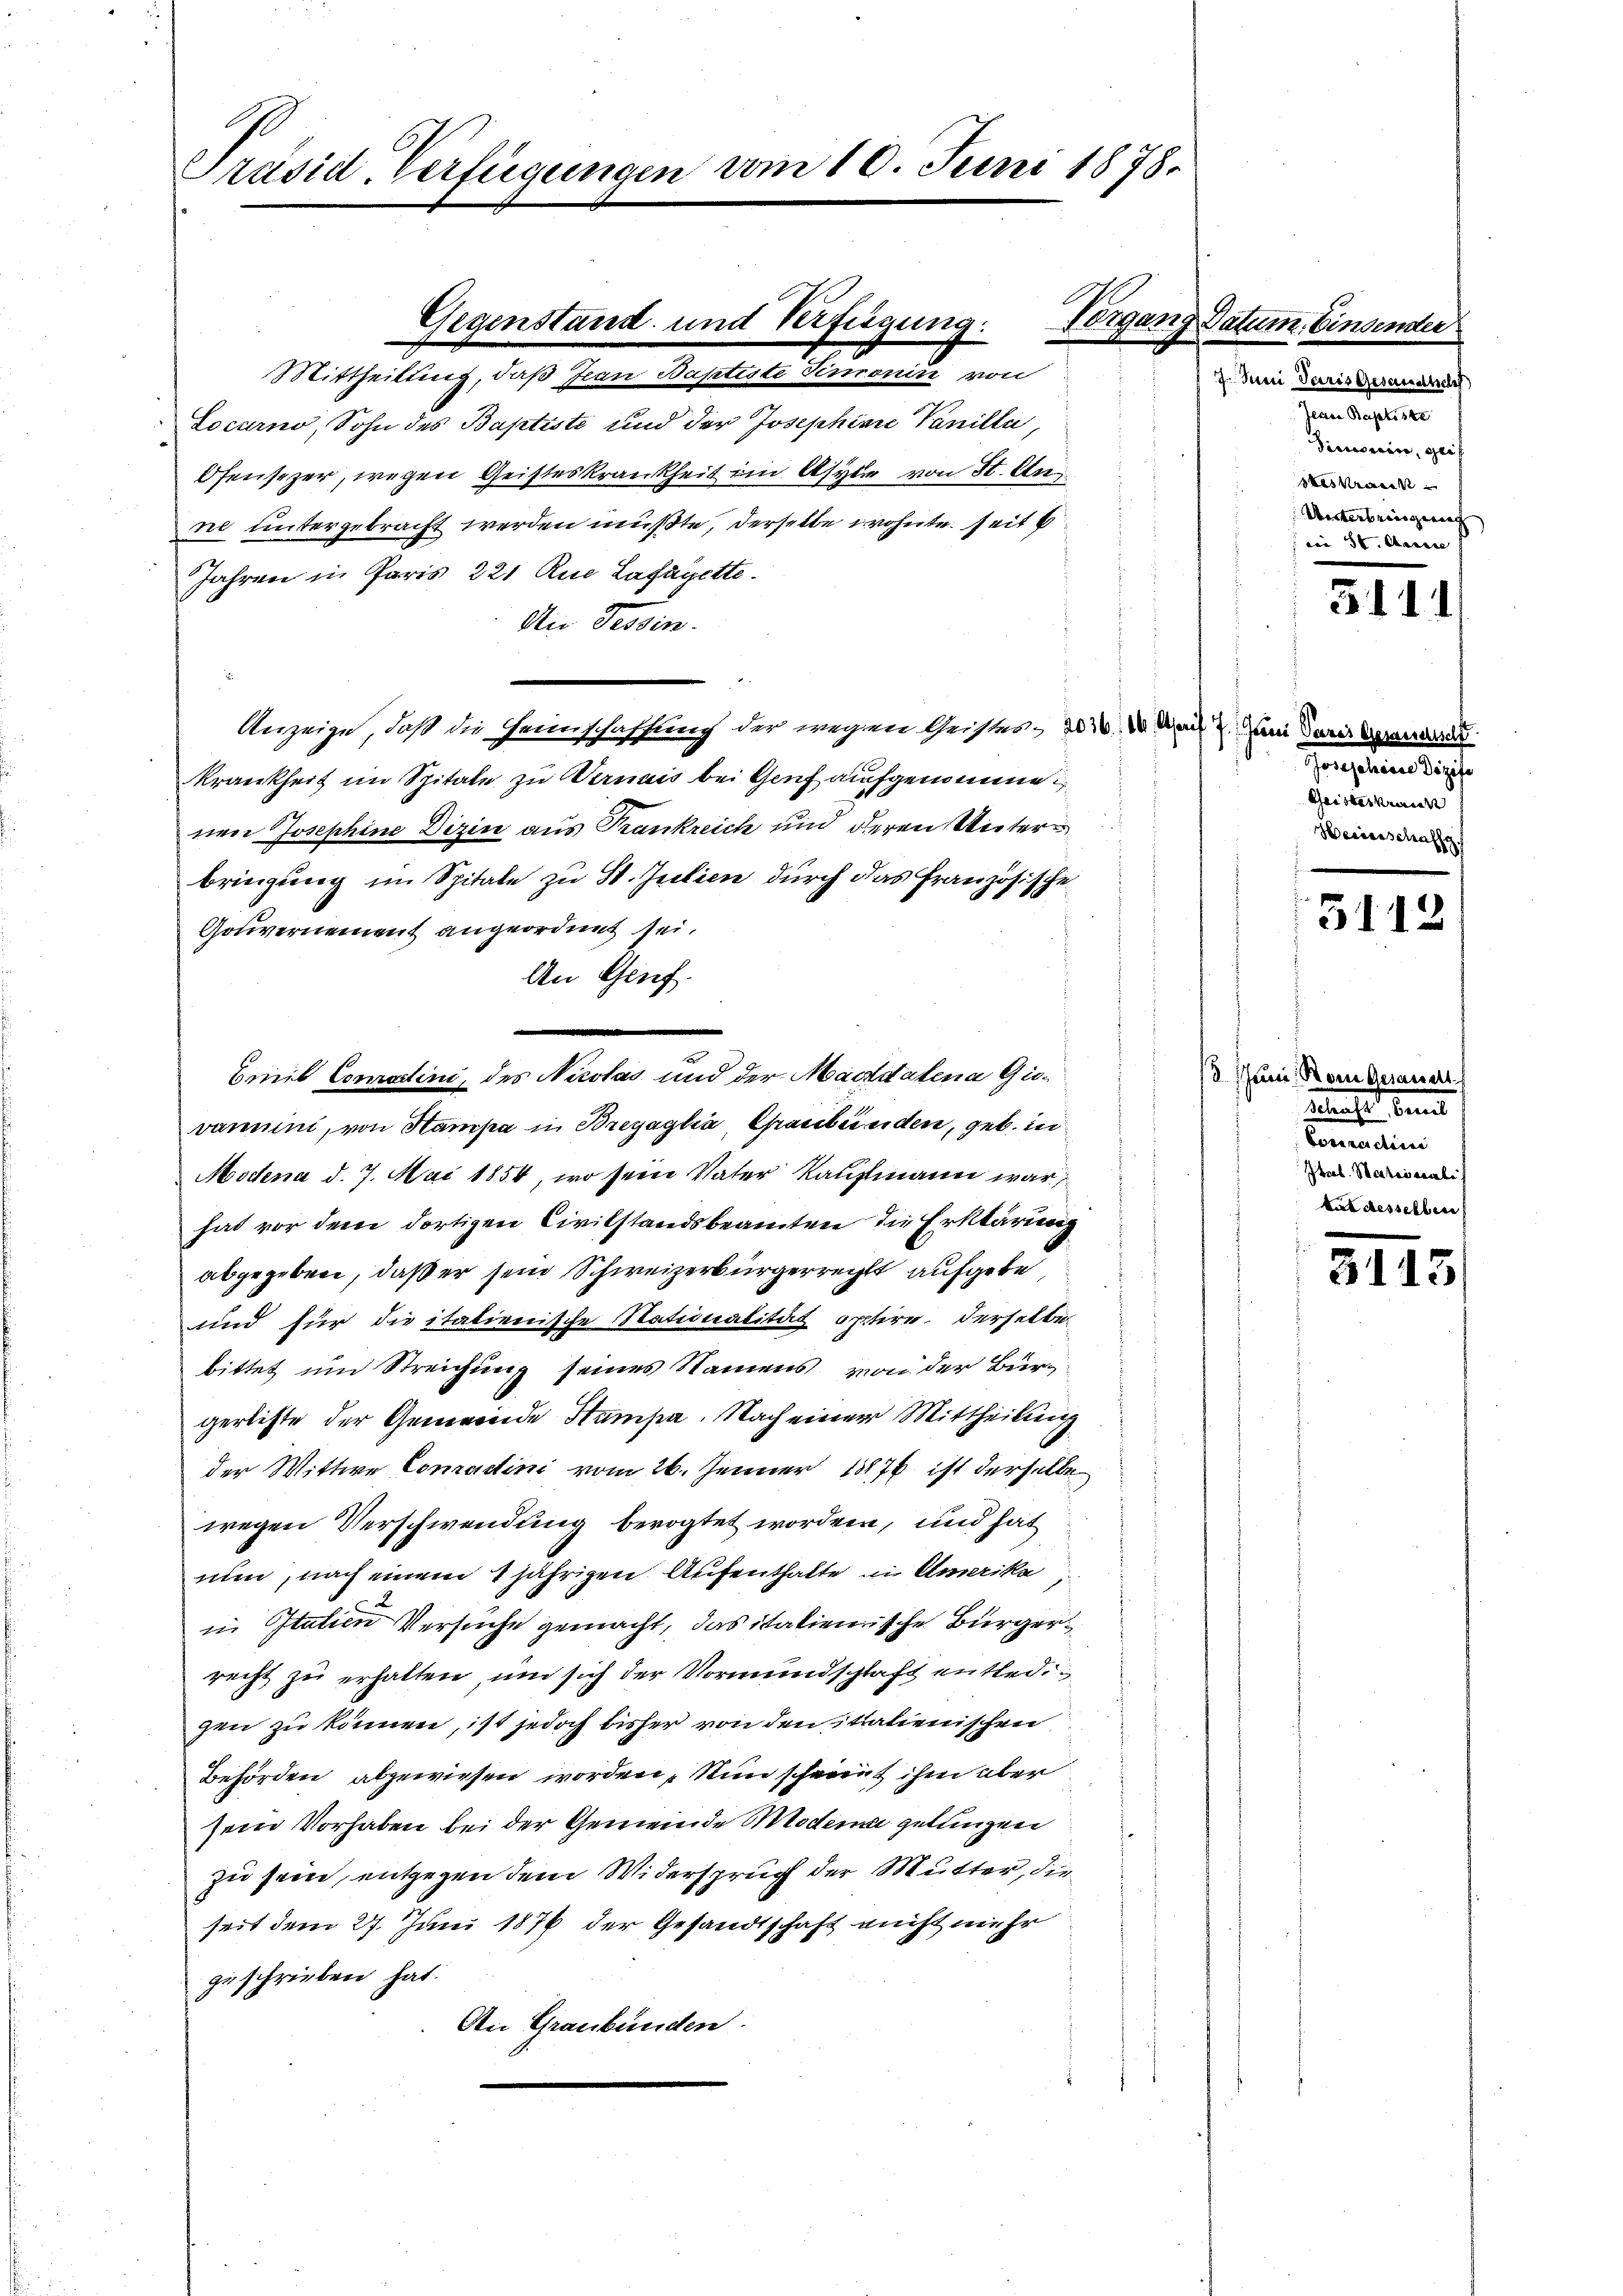
Präsid. Verfügungen vom 10. Juni 1878.

Gegenstand und Verfügung:
Mittheilung, daß Jean Baptiste Simonin von

Locarno, Sohn des Baptiste und der Josephine Vanilli,
Ofensezer, wegen Geisteskrankheit im Asylie von St. An
ne untergebracht werden müßte, derselbe wohnte seit b
Jahren in Paris 221 Rue Lafayette.
An Tessin.
Anzeige, daß die Genschaffung der wegen Geistes, 202. 20. Mai d. Mai deres Gesandtsc
Krankheit im Spitale zu ermais bei Genf aufgenomme
nen Josephine Dizin aus Frankreich und deren Unterbringung im Spitale zu St. Julien durch das französische
Gouvernement angeordnet sei.
An Gruf.
Brit Comadlini, des Nicolas und der Magdalena Gievammini, von Hampa in Breyaglia, Graubünden, geb. in
Modena d. 7. Mai 1854, wo sein Vater Kaufmann war
hat vor dem dortigen Civilstandsbeamten die Erklärung
abgegeben, daß er sein Schweizerbürgerrecht aufgebe
und für die italienische Nationalität optire, derselbe
bittet um Streichung seines Namens von der Bürgerliste der Gemeinde Stumpa. Nach einer Mittheilung
der Wittwe Conradini vom 26. Jenner 1876 ist derselbe
wegen Verschwendung bevogtet worden, und hat
nun, nach einem 4 jährigen Aufenthalte in Amerika,
in Italien Versuche gemacht, das italienische Bürgerrecht zu erhalten, und sich der Vormundschaft entledi
zen zu können, ist jedoch bisher von den italienischen
Behörden abgewiesen worden, Nun scheint ihm aber
sein Vorhaben bei der Gemeinde Modena gelangen
zu sein, entgegen dem Widerspruch der Mutter, die
seit dem 27. Juni 1876 der Gesandtschaft nicht mehr
geschrieben hat.
An Graubünden.

Vorgang Datum.

in Paris Gesandtsch
terren Baptiste
dimonin, geif
sta
Unterbringung
ein St. Marie |

511

Jonasten die
Geisteskrank
Weiderschaff

3112

3 Juni, Rom gerauert.
Mancher den
Coroncretaire
Jtal. Satiscalis
kat desselben

3113/